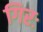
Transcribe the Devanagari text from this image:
गिरः